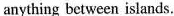
anything between islands.